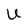
Character: U